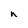
Character: n